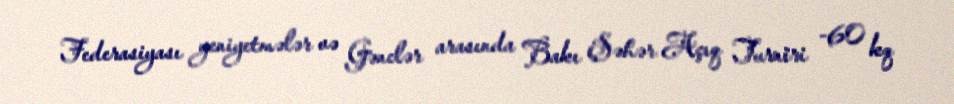
Federasiyası yeniyetmələr və Gənclər arasında Bakı Şəhər Açıq Turniri -60 kq